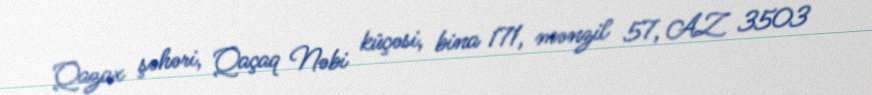
Qazax şəhəri, Qaçaq Nəbi küçəsi, bina 171, mənzil 57, AZ 3503